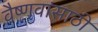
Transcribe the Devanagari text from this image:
वैष्णवांसाठी